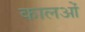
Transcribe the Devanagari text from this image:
कालओं